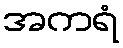
အကရံ